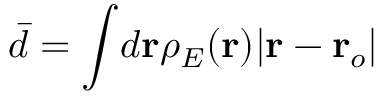
\bar { d } = \int \! d \mathbf { r } \rho _ { E } ( \mathbf { r } ) \vert \mathbf { r } - \mathbf { r } _ { o } \vert